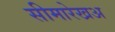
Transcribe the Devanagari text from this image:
सीमारेखअ